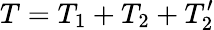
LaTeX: T=T_{1}+T_{2}+T_{2}^{\prime}